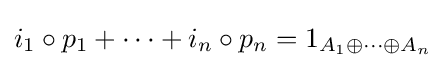
{\textstyle i_{1}\circ p_{1}+\dots +i_{n}\circ p_{n}=1_{A_{1}\oplus \dots \oplus A_{n}}}